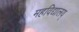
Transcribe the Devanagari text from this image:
महविद्यालय्